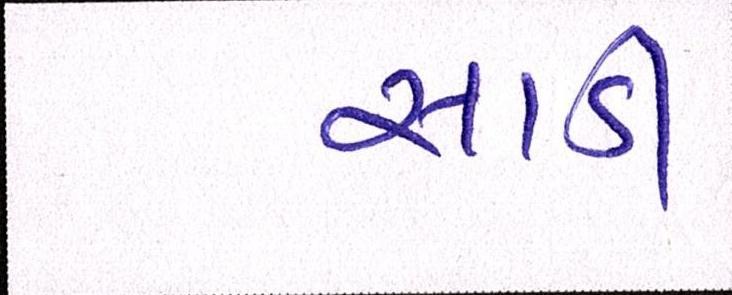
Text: સાડી